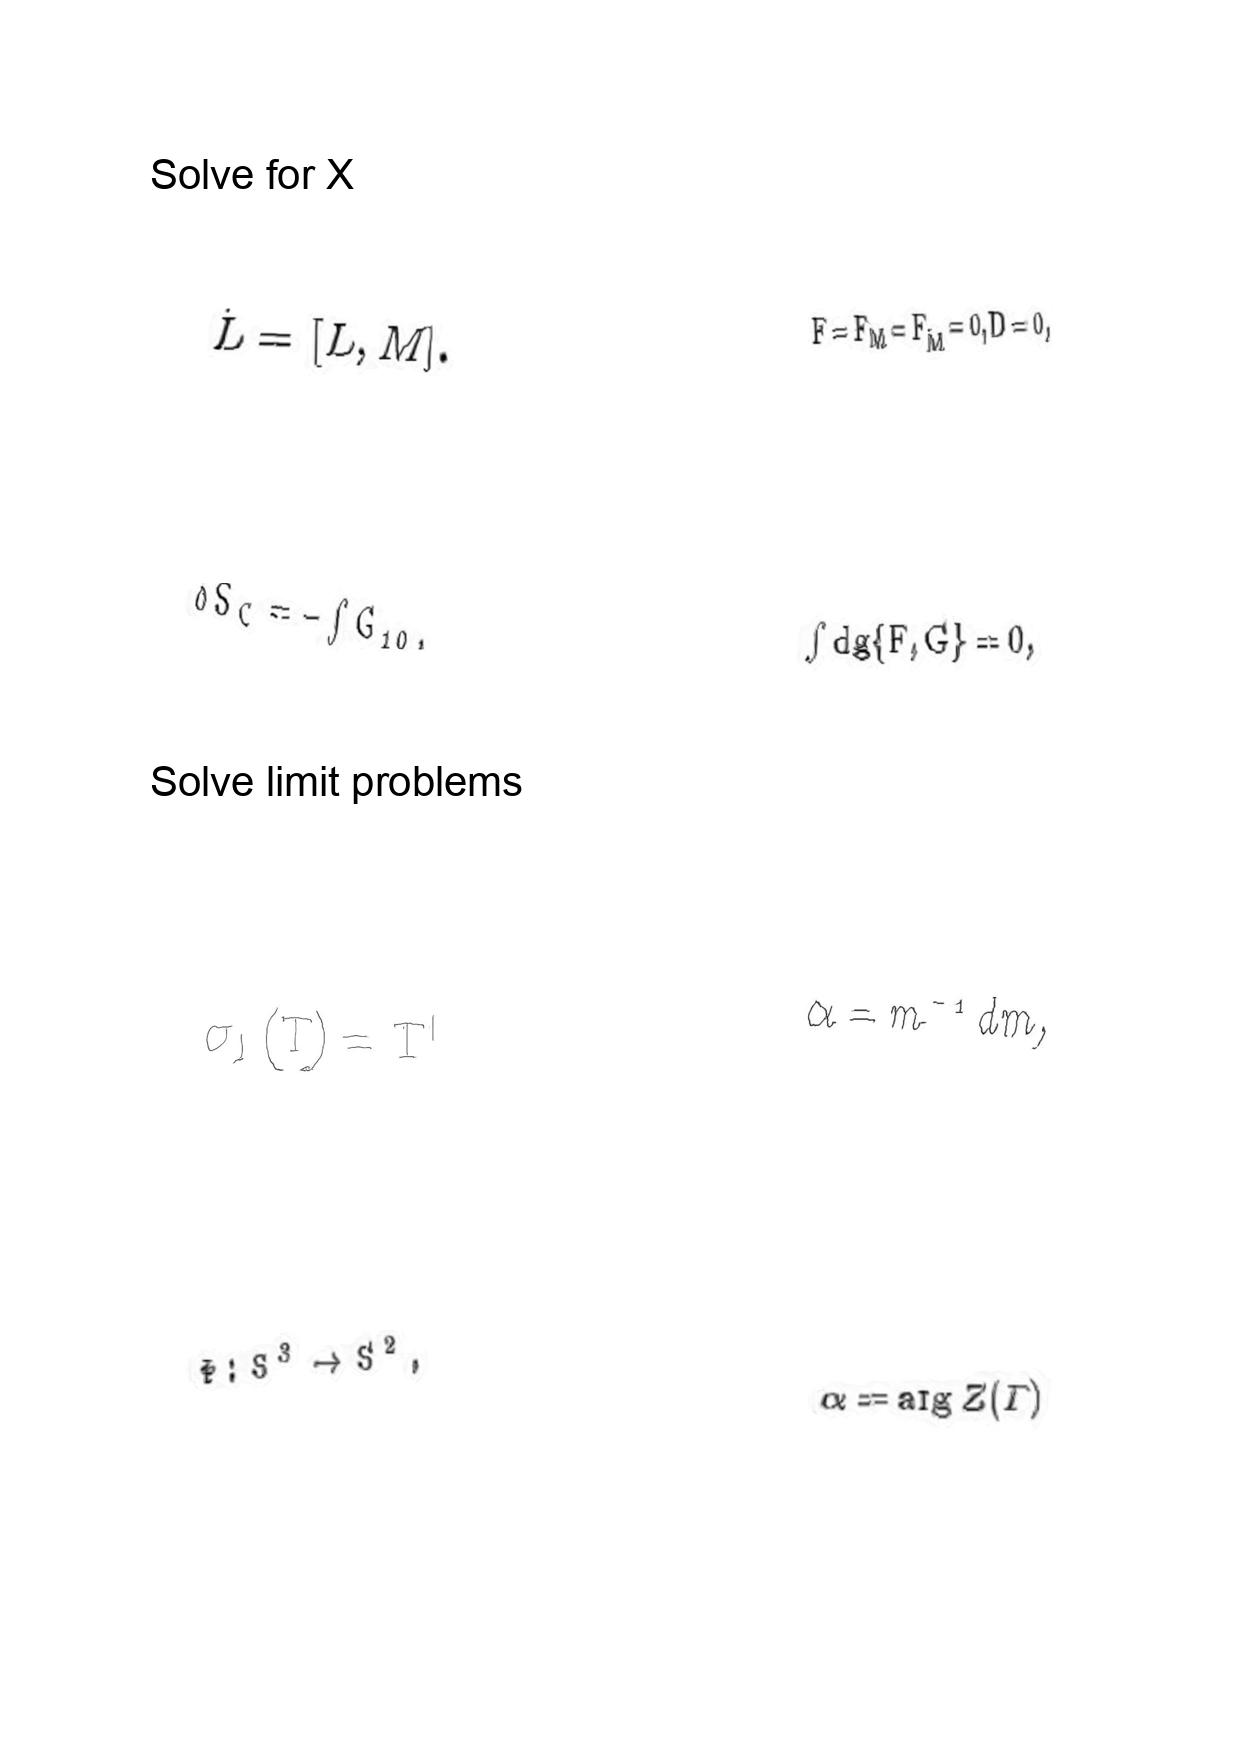
LaTeX transcription:
\dot { L } = \lbrack L , M \rbrack .
\delta S _ { C } = - \int G _ { 1 0 } ,
\sigma _ { l } \lparen T \rparen = T ^ { l }
\Phi : S ^ { 3 } \rightarrow S ^ { 2 } ,
F = F _ { M } = F _ { \tilde { M } } = 0 , D = 0 ,
\int \mathrm { d } g \lbrace F , G \rbrace = 0 ,
\alpha = m ^ { - 1 } d m ,
\alpha = \arg Z \lparen \Gamma \rparen